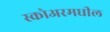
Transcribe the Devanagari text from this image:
स्कोअरमधील